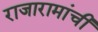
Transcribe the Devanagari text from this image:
राजारामांची